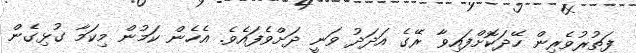
ފަތުރުވެރިން ހޭދަކޮށްފައިވާ ރޭގެ އަދަދު ވަނީ ދަށްވެފައެވެ. އެހެން ކަމުން މިކަމާ ގުޅިގެން